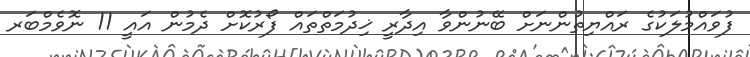
ފުވައްމުލަކުގެ ރައްޔިތުންނަށް ބޭނުންވާ އިދާރީ ޚިދުމަތްތައް ފޯރުކޮށް ދެމުން އައީ 11 ނޮވެމްބަރ